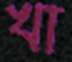
খা